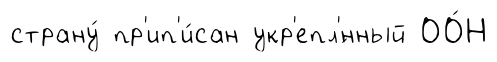
страну́ пр'ип'и́сан укр'епл'́нный ОО́Н